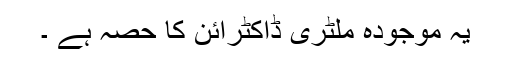
یہ موجودہ ملٹری ڈاکٹرائن کا حصہ ہے ۔